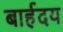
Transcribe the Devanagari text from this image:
बार्हदय